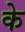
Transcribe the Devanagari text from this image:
के